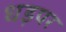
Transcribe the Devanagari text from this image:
धड़पर